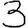
Digit: 3